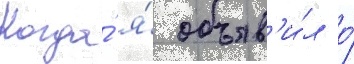
Когда́ я́ объяв'и́л о́